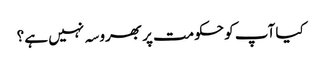
کیا آپ کو حکومت پر بھروسہ نہیں ہے ؟